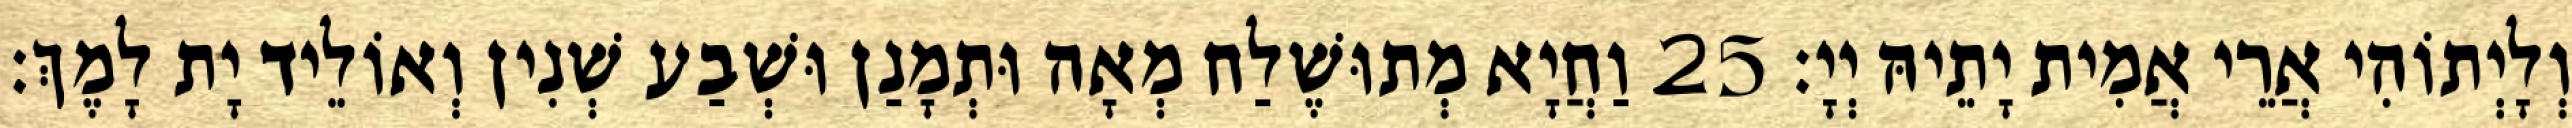
וְלָיְתוֹהִי אֲרֵי אֲמִית יָתֵיהּ יְיָ׃ 25 וַחֲיָא מְתוּשֶׁלַח מְאָה וּתְמָנַן וּשְׁבַע שְׁנִין וְאוֹלֵיד יָת לָמֶךְ׃